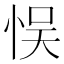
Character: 悮